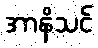
အာနိသင်